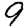
Digit: 9